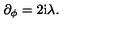
\partial _ { \phi } = 2 \mathrm { i } \lambda .